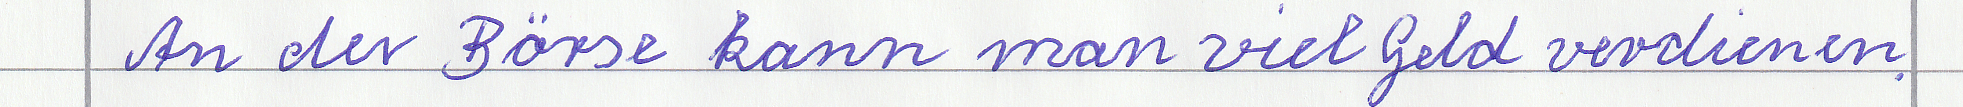
An der Börse kann man viel Geld verdienen.